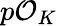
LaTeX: p{\mathcal{O}}_{K}